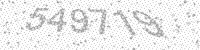
Solution: 549719